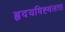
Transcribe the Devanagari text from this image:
हृदयविह्वलता